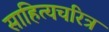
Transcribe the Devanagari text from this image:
साहित्यचरित्र